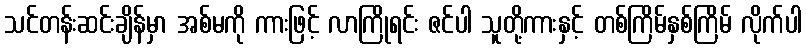
သင်တန်းဆင်းချိန်မှာ အစ်မကို ကားဖြင့် လာကြိုရင်း ဇင်ပါ သူတို့ကားနှင့် တစ်ကြိမ်နှစ်ကြိမ် လိုက်ပါ